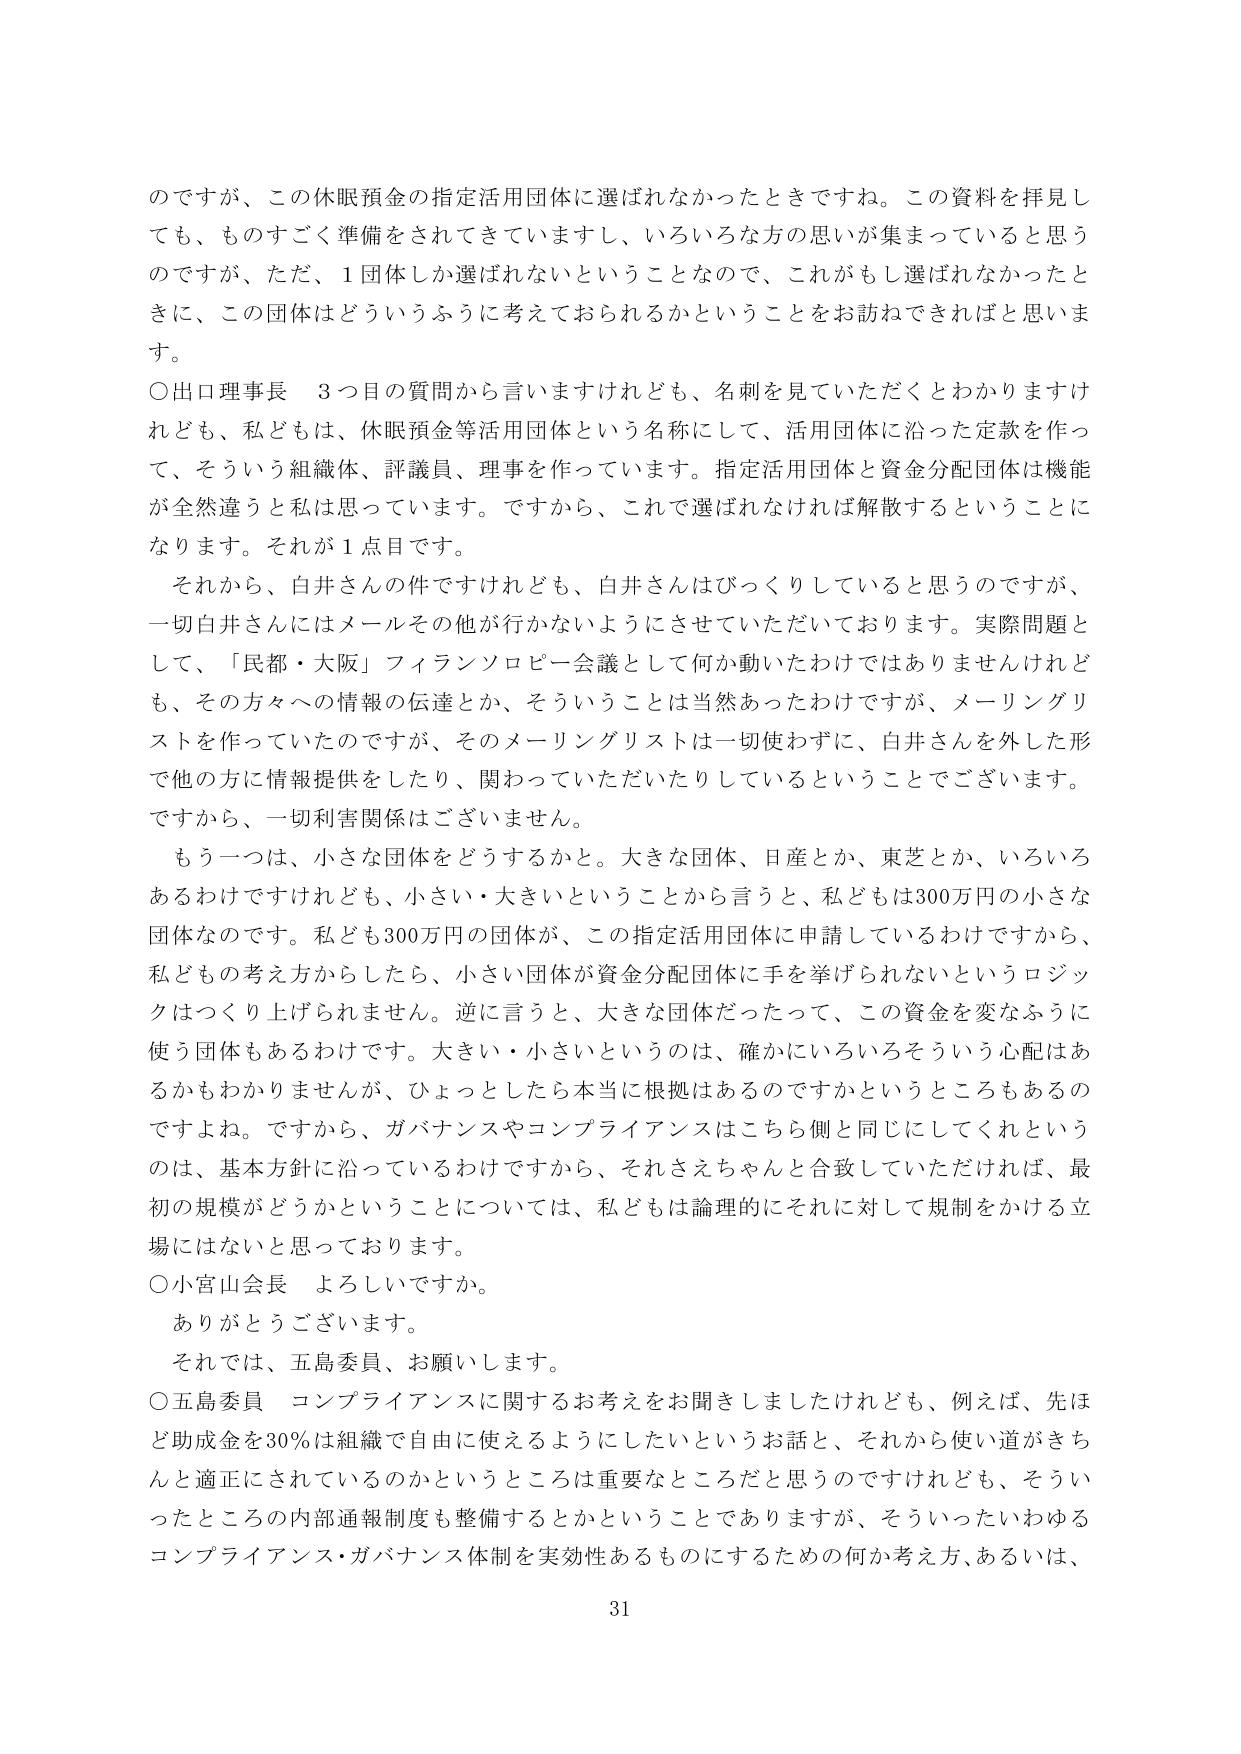
のですが、この休眠預金の指定活用団体に選ばれなかったときですね。この資料を拝見しても、ものすごく準備をされてきていますし、いろいろな方の思いが集まっていると思うのですが、ただ、1団体しか選ばれないということなので、これがもし選ばれなかったときに、この団体はどういうふうに考えておられるかということをお訪ねできればと思います。

〇出口理事長　3つ目の質問から言いますけれども、名刺を見ていただくとわかりますけれども、私どもは、休眠預金等活用団体という名称にして、活用団体に沿った定款を作って、そういう組織体、評議員、理事を作っています。指定活用団体と資金分配団体は機能が全然違うと私は思っています。ですから、これで選ばれなければ解散するということになります。それが1点目です。

それから、白井さんの件ですけれども、白井さんはびっくりしていると思うのですが、一切白井さんにはメールその他が行かないようにさせていただいております。実際問題として、「民都・大阪」フィランソロピー会議として何か動いたわけではありませんけれども、その方々への情報の伝達とか、そういうことは当然あったわけですが、メーリングリストを作っていたのですが、そのメーリングリストは一切使わずに、白井さんを外した形で他の方に情報提供をしたり、関わっていただいたりしているということでございます。ですから、一切利害関係はございません。

もう一つは、小さな団体をどうするかと。大きな団体、日産とか、東芝とか、いろいろあるわけですけれども、小さい・大きいということから言うと、私どもは300万円の小さな団体なのです。私ども300万円の団体が、この指定活用団体に申請しているわけですから、私どもの考え方からしたら、小さい団体が資金分配団体に手を挙げられないというロジックはつくり上げられません。逆に言うと、大きな団体だったって、この資金を変なふうに使う団体もあるわけです。大きい・小さいというのは、確かにいろいろそういう心配はあるかもわかりませんが、ひょっとしたら本当に根拠はあるのですかというところもあるのですよね。ですから、ガバナンスやコンプライアンスはこちら側と同じにしてくれというのは、基本方針に沿っているわけですから、それさえちゃんと合致していただければ、最初の規模がどうかということについては、私どもは論理的にそれに対して規制をかける立場にはないと思っております。

〇小宮山会長　よろしいですか。

ありがとうございます。

それでは、五島委員、お願いします。

〇五島委員　コンプライアンスに関するお考えをお聞きしましたけれども、例えば、先ほど助成金を30％は組織で自由に使えるようにしたいというお話と、それから使い道がきちんと適正にされているのかというところは重要なところだと思うのですけれども、そういったところの内部通報制度も整備するとかということでありますか、そういったいわゆるコンプライアンス・ガバナンス体制を実効性あるものにするための何か考え方、あるいは、

31